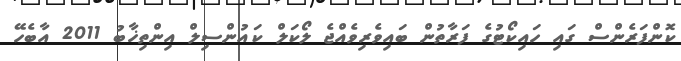
ކޮންފަރެންސް ގައި ހައިކޯޓުގެ ފަރާތުން ބައިވެރިވެއްޖެ ލޯކަލް ކައުންސިލް އިންތިޚާބު 2011 އާބެހޭ